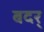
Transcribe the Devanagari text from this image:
बदर्